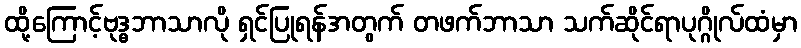
ထို့ကြောင့်ဗုဒ္ဓဘာသာလို ရှင်ပြုရန်အတွက် တဖက်ဘာသာ သက်ဆိုင်ရာပုဂ္ဂိုလ်ထံမှာ